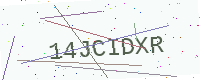
Text: 14JCIDXR